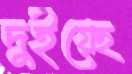
দুইয়েছ